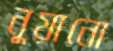
নুয়ানো